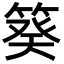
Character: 𥯫